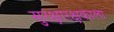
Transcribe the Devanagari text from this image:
सुरक्षारक्षकाला